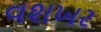
વશખર